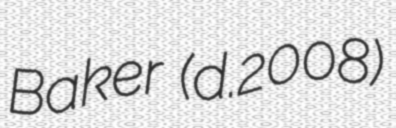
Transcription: Baker  (d.2008)